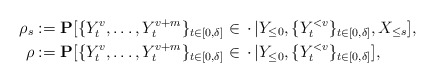
\begin{align*}\rho_s &:= \mathbf{P}[\{Y_t^v,\ldots,Y_t^{v+m}\}_{t\in[0,\delta]}\in\,\cdot\,|Y_{\le 0},\{Y_t^{<v}\}_{t\in[0,\delta]},X_{\le s}],\\\rho &:=\mathbf{P}[\{Y_t^v,\ldots,Y_t^{v+m}\}_{t\in[0,\delta]}\in\,\cdot\,|Y_{\le 0},\{Y_t^{<v}\}_{t\in[0,\delta]}],\end{align*}